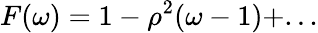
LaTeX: F(\omega)=1-\rho^{2}(\omega-1)+...